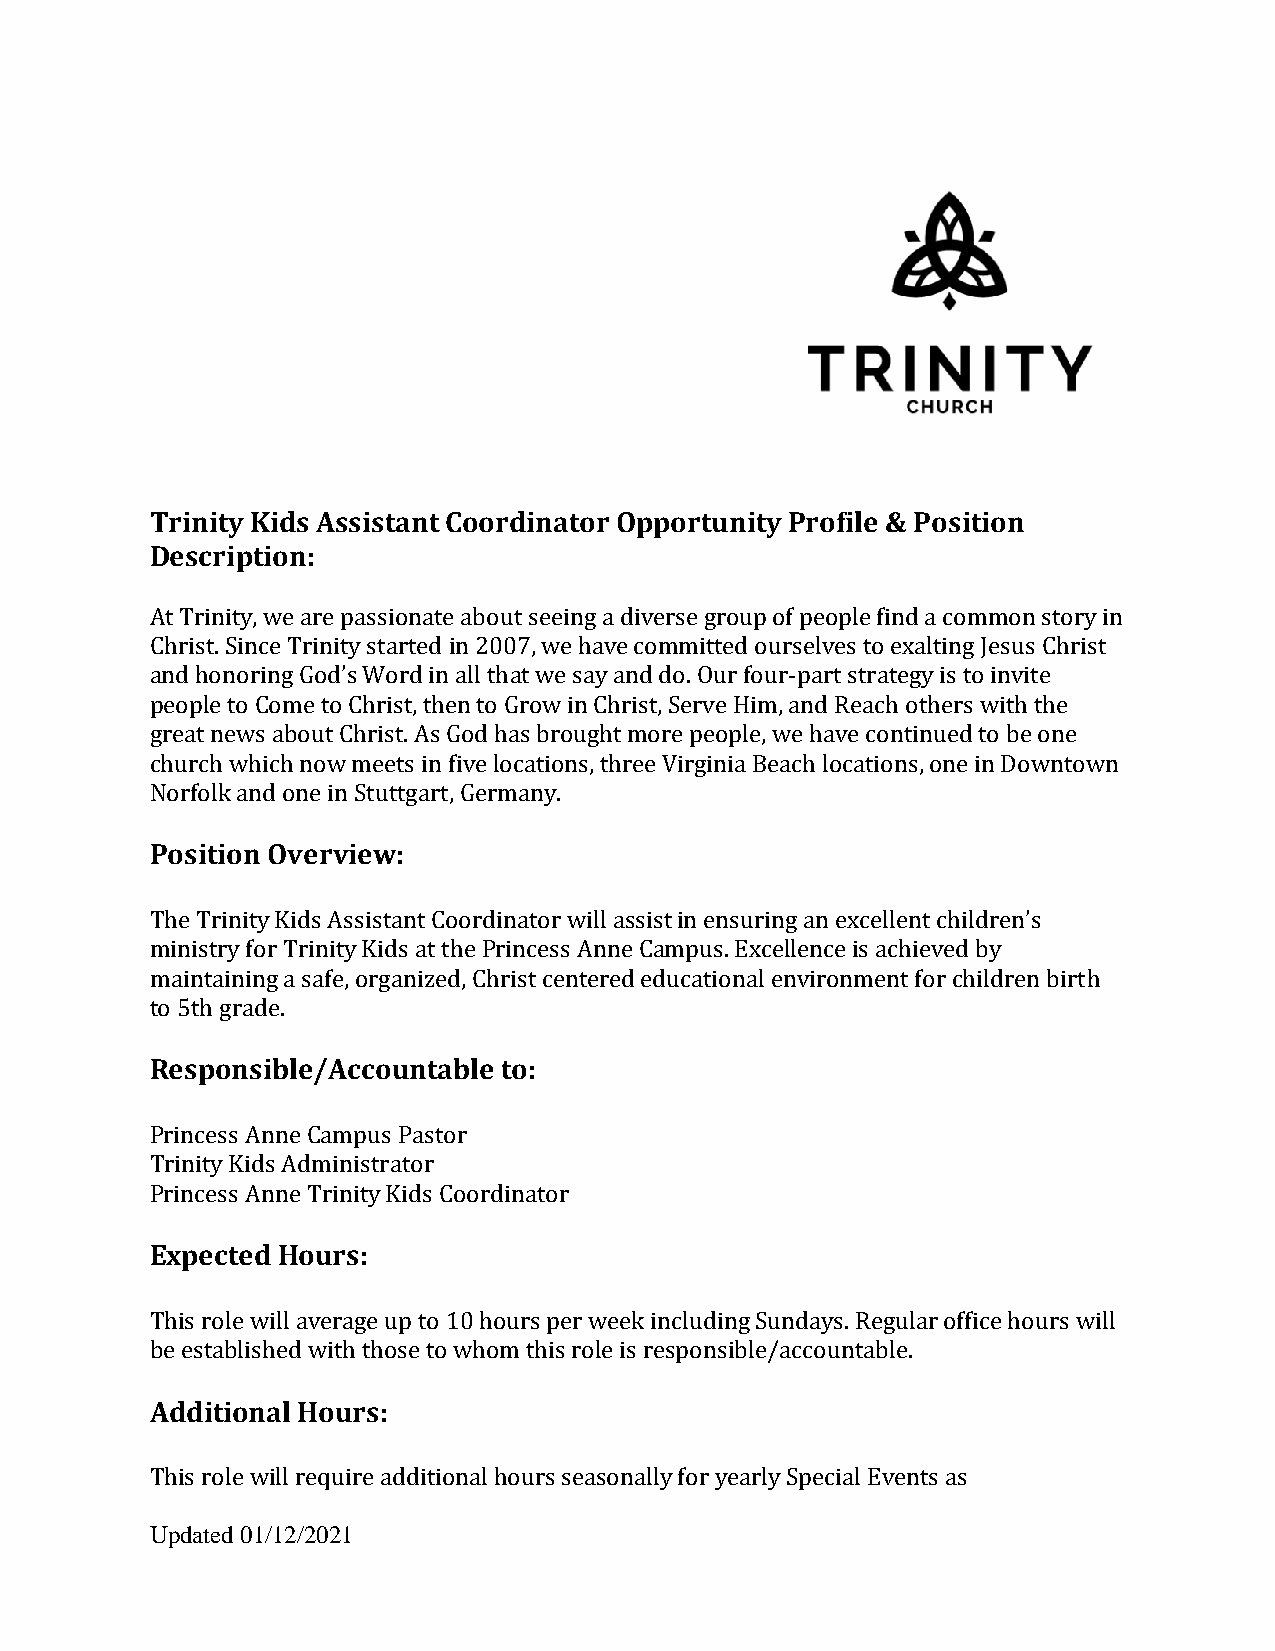
Trinity Kids Assistant Coordinator Opportunity Profile & Position
 Description:
 At Trinity, we are passionate about seeing a diverse group of people find a common story in
 Christ. Since Trinity started in 2007, we have committed ourselves to exalting Jesus Christ
 and honoring God’s Word in all that we say and do. Our four-part strategy is to invite
 people to Come to Christ, then to Grow in Christ, Serve Him, and Reach others with the
 great news about Christ. As God has brought more people, we have continued to be one
 church which now meets in five locations, three Virginia Beach locations, one in Downtown
 Norfolk and one in Stuttgart, Germany.
 Position Overview:
 The Trinity Kids Assistant Coordinator will assist in ensuring an excellent children’s
 ministry for Trinity Kids at the Princess Anne Campus. Excellence is achieved by
 maintaining a safe, organized, Christ centered educational environment for children birth
 to 5th grade.
 Responsible/Accountable to:
 Princess Anne Campus Pastor
 Trinity Kids Administrator
 Princess Anne Trinity Kids Coordinator
 Expected Hours:
 This role will average up to 10 hours per week including Sundays. Regular office hours will
 be established with those to whom this role is responsible/accountable.
 Additional Hours:
 This role will require additional hours seasonally for yearly Special Events as
 Updated 01/12/2021